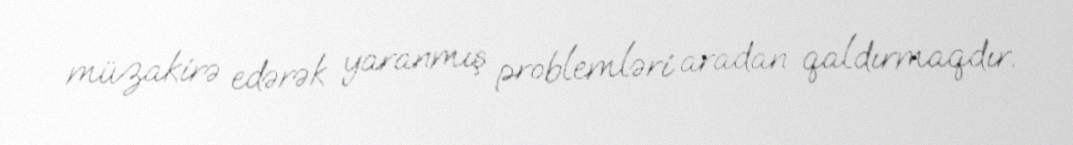
müzakirə edərək yaranmış problemləri aradan qaldırmaqdır.